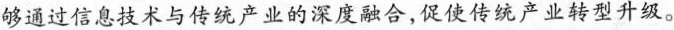
够通过信息技术与传统产业的深度融合，促使传统产业转型升级。